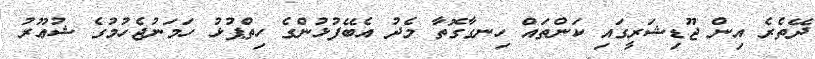
ދޭތެރެ އިން ޖޫޑިޝަރީގައި ކަންތައް ހިނގާގޮތާ މެދު އެބޭފުޅުންގެ ހިތްޕުޅު ހަމަނުޖެހުމުގެ ޝުޢޫރު